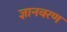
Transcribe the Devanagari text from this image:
ज्ञानवरण